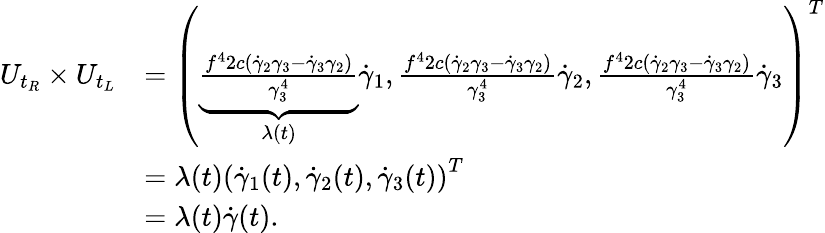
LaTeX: \begin{array}{rl}{U_{t_{R}}\times U_{t_{L}}}&{=\left(\underbrace{\frac{f^{4}2c(\dot{\gamma}_{2}\gamma_{3}-\dot{\gamma}_{3}\gamma_{2})}{\gamma_{3}^{4}}}_{\lambda(t)}\dot{\gamma}_{1},\frac{f^{4}2c(\dot{\gamma}_{2}\gamma_{3}-\dot{\gamma}_{3}\gamma_{2})}{\gamma_{3}^{4}}\dot{\gamma}_{2},\frac{f^{4}2c(\dot{\gamma}_{2}\gamma_{3}-\dot{\gamma}_{3}\gamma_{2})}{\gamma_{3}^{4}}\dot{\gamma}_{3}\right)^{T}}\\ &{=\lambda(t)\left(\dot{\gamma}_{1}(t),\dot{\gamma}_{2}(t),\dot{\gamma}_{3}(t)\right)^{T}}\\ &{=\lambda(t)\dot{\gamma}(t).}\end{array}